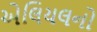
એલિયલનો